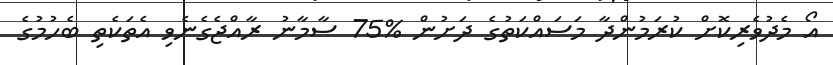
އޯ މެދުވެރިކޮށް ކުރަމުންދާ މަސައްކަތުގެ ދަށުން %75 ސާމާނު ރާއްޖެގެނެވި އެތަކެތި ބެހުމުގެ